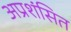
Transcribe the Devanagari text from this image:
अप्रशंसित